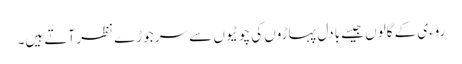
روءی کے گالوں جیسے بادل پہاڑوں کی چوٹیوں سے سر جوڑے نظر آتے ہیں۔